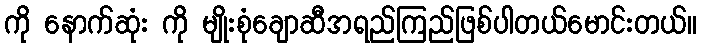
ကို နောက်ဆုံး ကို မျိုးစုံချောဆီအရည်ကြည်ဖြစ်ပါတယ်မောင်းတယ်။